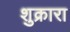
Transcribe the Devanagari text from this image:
शुक्रारा